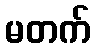
မတက်